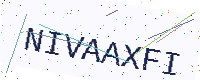
Text: NIVAAXFI